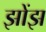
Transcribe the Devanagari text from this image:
झोंझ